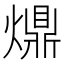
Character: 𤐣